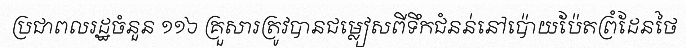
ប្រជាពលរដ្ឋចំនួន ១១៦ គ្រួសារត្រូវបានជម្លៀសពីទឹកជំនន់នៅប៉ោយប៉ែតព្រំដែនថៃ